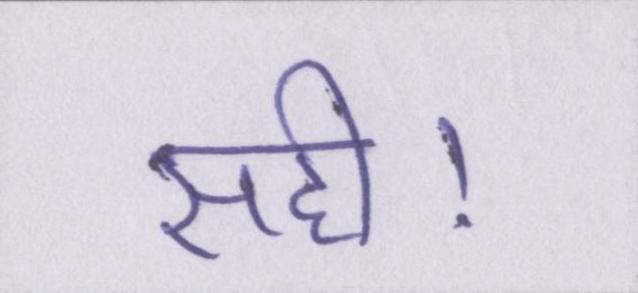
सही।